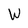
Character: W